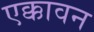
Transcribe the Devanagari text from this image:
एक्कावन